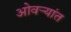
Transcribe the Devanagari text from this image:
ओवर्‍यांत